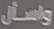
واسأل